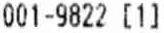
001-9822 [1]